Document type: Sale
Year: 1226
Scribe: Ramon d'Om
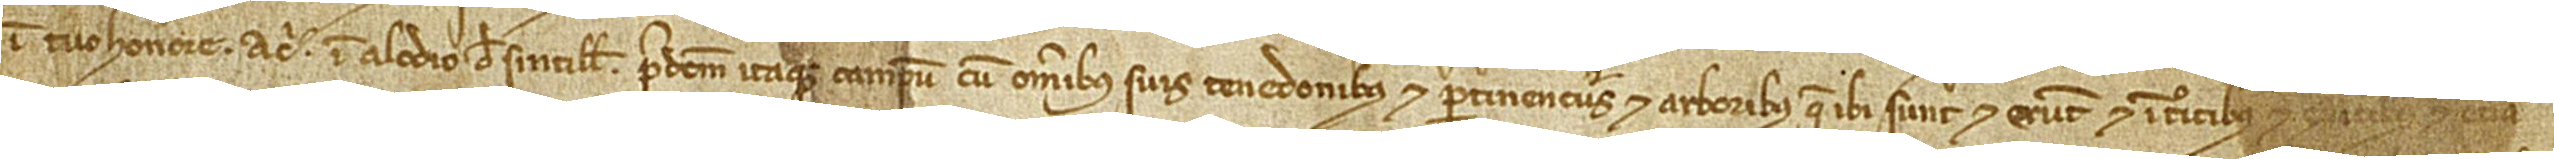
in tuo honore, a circio in alodio de Sintillis. Predictum itaque campum, cum omnibus suis tenedonibus et pertinenciis et arboribus que ibi sunt et erunt, et introitibus et exitibus et etiam